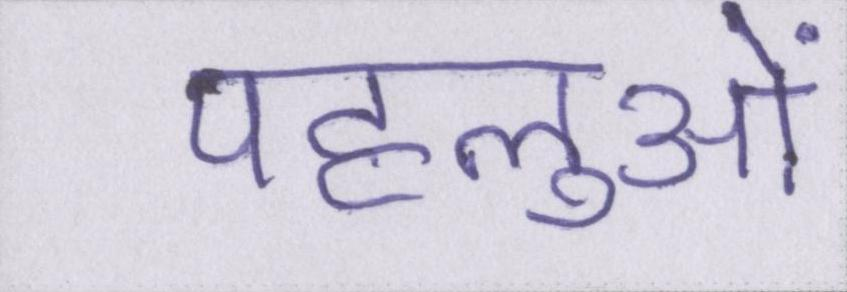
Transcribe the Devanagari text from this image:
पहलुओं